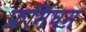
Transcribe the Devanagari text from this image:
फ्रमिंघम